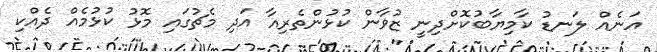
އަނެއް ލަނޑު ކާމިޔާބުކޮށްދިނީ ޒުވާން ކުޅުންތެރިއާ އަދި މެޗުގައި މޮޅު ކުޅުމެއް ދެއްކި